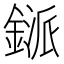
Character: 鎃